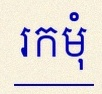
រកមុំ